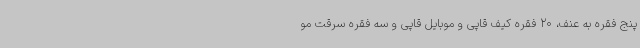
پنج فقره به عنف، 20 فقره کیف قاپی و موبایل قاپی و سه فقره سرقت مو